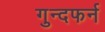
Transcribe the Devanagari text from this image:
गुन्दफर्न